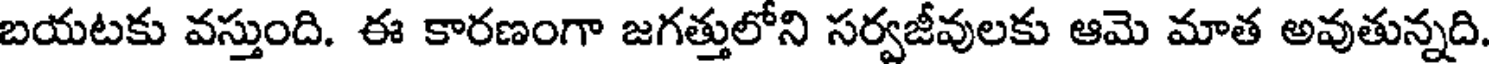
బయటకు వస్తుంది. ఈ కారణంగా జగత్తులోని సర్వజీవులకు ఆమె మాత అవుతున్నది